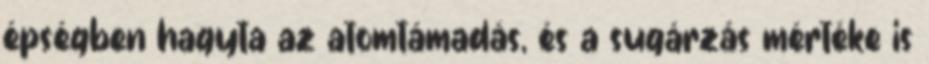
épségben hagyta az atomtámadás, és a sugárzás mértéke is